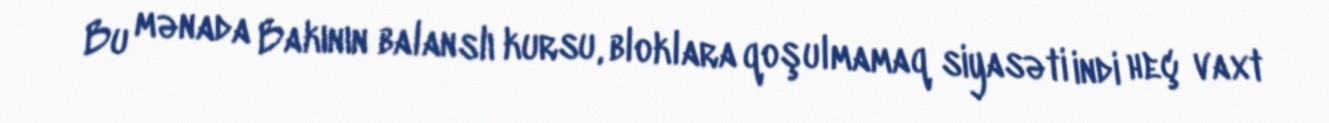
Bu mənada Bakının balanslı kursu, bloklara qoşulmamaq siyasəti indi heç vaxt